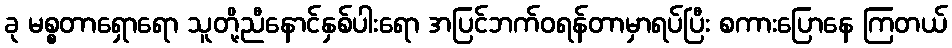
ခု မစ္စတာရှောရော သူတို့ညီနောင်နှစ်ပါးရော အပြင်ဘက်ဝရန်တာမှာရပ်ပြီး စကားပြောနေ ကြတယ်